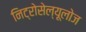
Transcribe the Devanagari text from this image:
निट्रोसेल्यूलोज